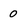
Character: 0